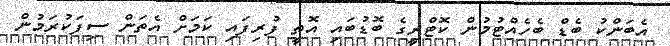
އެބަންކު ބެޑް ބެހެއްޓުމުން ކޮޓްރީގެ ބޮޑުބައި އޮތީ ފުރިފައި ކަމަށް އެތަން ސިފަކުރަމުން